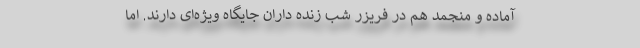
آماده و منجمد هم در فریزر شب زنده داران جایگاه ویژه‌ای دارند. اما